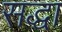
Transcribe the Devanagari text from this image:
सद्धा